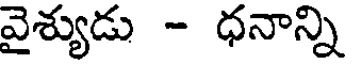
వైశ్యుడు - ధనాన్ని